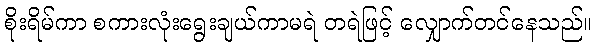
စိုးရိမ်ကာ စကားလုံးရွေးချယ်ကာမရဲ တရဲဖြင့် လျှောက်တင်နေသည်။